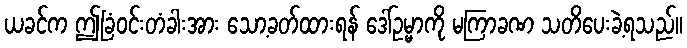
ယခင်က ဤခြံဝင်းတံခါးအား သော့ခတ်ထားရန် ဒေါ်ဥမ္မာကို မကြာခဏ သတိပေးခဲ့ရသည်။